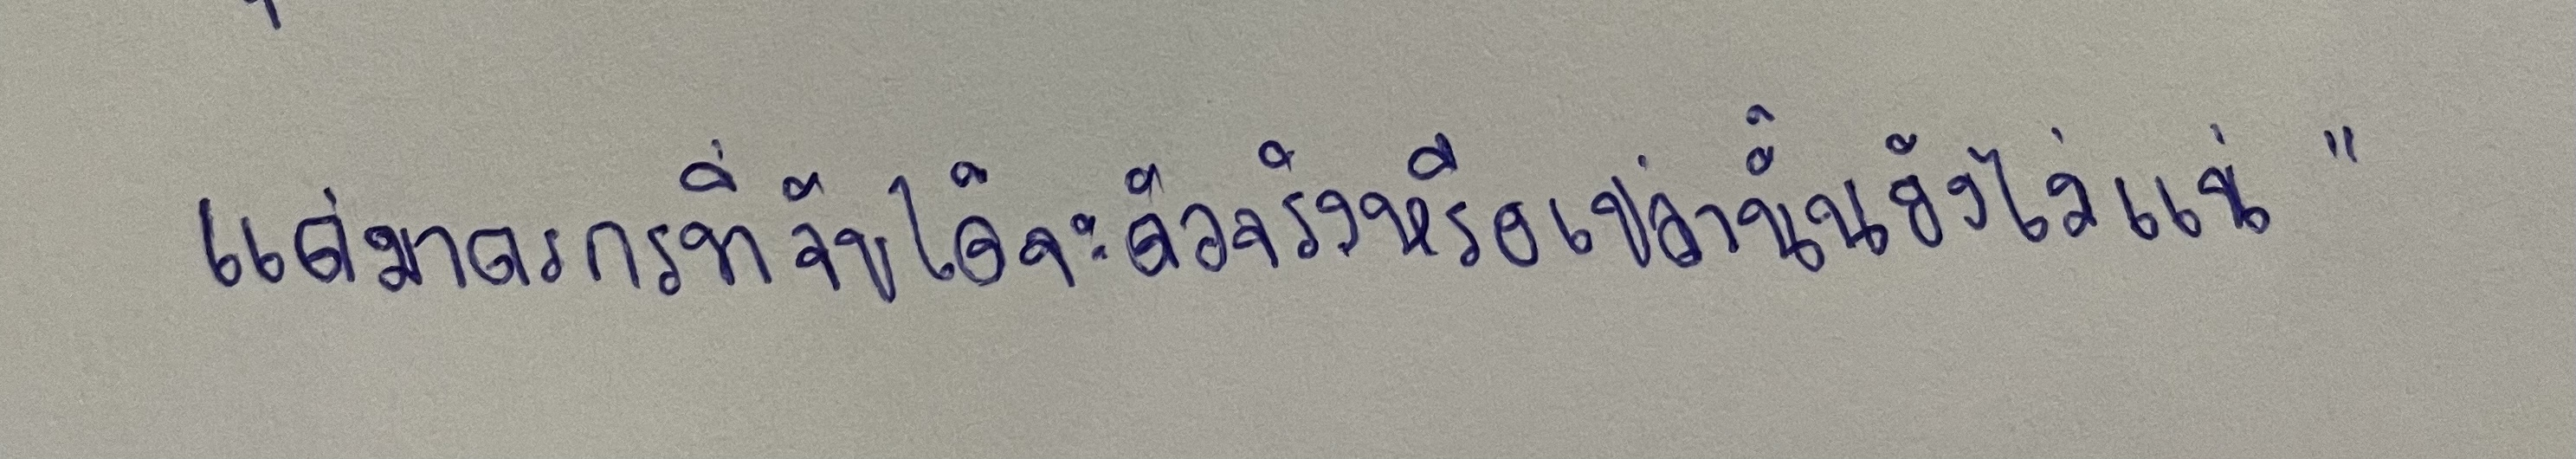
แต่ฆาตกรที่จับได้จะตัวจริงหรือเปล่านั้นยังไม่แน่"